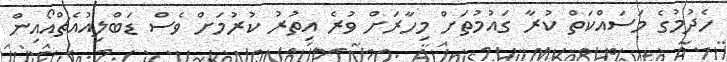
ހެދުމުގެ މަސައްކަތް ކުރާ ގައުމުތަށް މިހާރަށް ވުރެ އިތުރު ކުރުމަށް ވެސް ޑަބްލިއުއެޗްއޯއިން